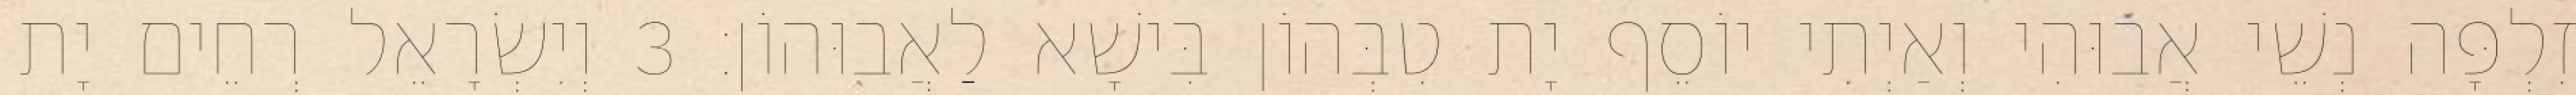
זִלְפָּה נְשֵׁי אֲבוּהִי וְאַיְתִי יוֹסֵף יָת טִבְּהוֹן בִּישָׁא לַאֲבוּהוֹן׃ 3 וְיִשְׂרָאֵל רְחֵים יָת